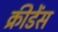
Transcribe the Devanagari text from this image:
क्रीडेंस